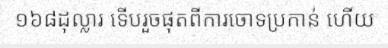
១៦៨ដុល្លារ ទើបរួចផុតពីការចោទប្រកាន់ ហើយ